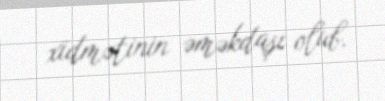
xidmətinin əməkdaşı olub.